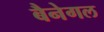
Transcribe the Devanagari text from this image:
बैनेगल